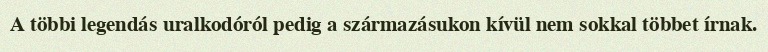
A többi legendás uralkodóról pedig a származásukon kívül nem sokkal többet írnak.